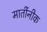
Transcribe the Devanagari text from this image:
मार्तीनीक